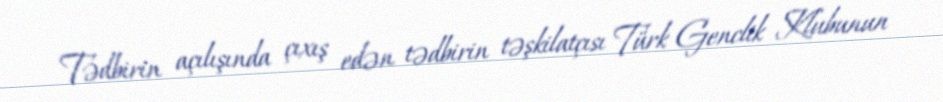
Tədbirin açılışında çıxış edən tədbirin təşkilatçısı Türk Genclik Klubunun